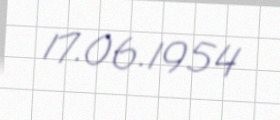
17.06.1954